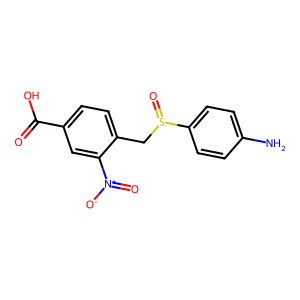
SMILES: Nc1ccc(S(=O)Cc2ccc(C(=O)O)cc2[N+](=O)[O-])cc1
Inhibits HIV replication: No